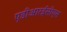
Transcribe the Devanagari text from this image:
एडीआरईसीएस